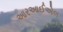
આરઆઈએલ